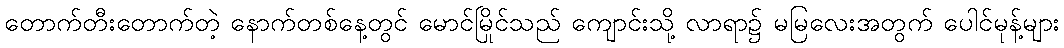
တောက်တီးတောက်တဲ့ နောက်တစ်နေ့တွင် မောင်မြိုင်သည် ကျောင်းသို့ လာရာ၌ မမြလေးအတွက် ပေါင်မုန့်များ